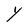
Character: Y